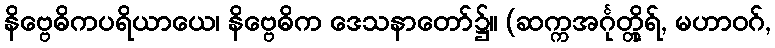
နိဗ္ဗေဓိကပရိယာယေ၊ နိဗ္ဗေဓိက ဒေသနာတော်၌။ (ဆက္ကအင်္ဂုတ္တိုရ်, မဟာဝဂ်,